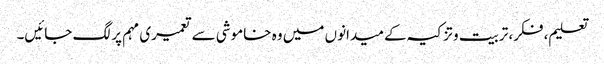
تعلیم، فکر، تربیت وتزکیہ کے میدانوں میں وہ خاموشی سے تعمیری مہم پر لگ جائیں۔